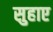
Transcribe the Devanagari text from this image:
सुहाए